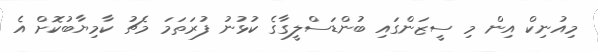
މިއުނިކް އިން މި ސީޒަންގައި ބުންޑަސްލީގާގެ ކުޅުނު ފުރަތަމަ މެޗު ކާމިޔާބުކޮށް އެ